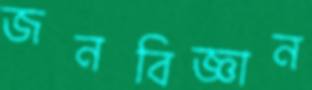
জনবিজ্ঞান